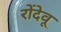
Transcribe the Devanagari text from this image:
रोंदेवू